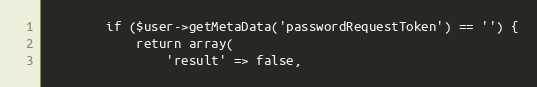
Language: PHP
        if ($user->getMetaData('passwordRequestToken') == '') {
            return array(
                'result' => false,